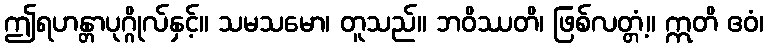
ဤရဟန္တာပုဂ္ဂိုလ်နှင့်။ သမသမော၊ တူသည်။ ဘဝိဿတိ၊ ဖြစ်လတ္တံ့။ ဣတိ ဧဝံ၊